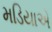
મડિયાએ